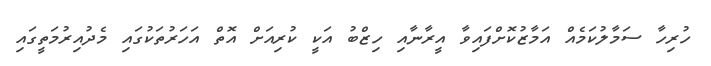
ހުރިހާ ސަމާލުކަމެއް އަމާޒުކޮށްފައިވާ އީރާނާއި ހިޒްބު އަކީ ކުރިއަށް އޮތް އަހަރުތަކުގައި މެދުއިރުމަތީގައި